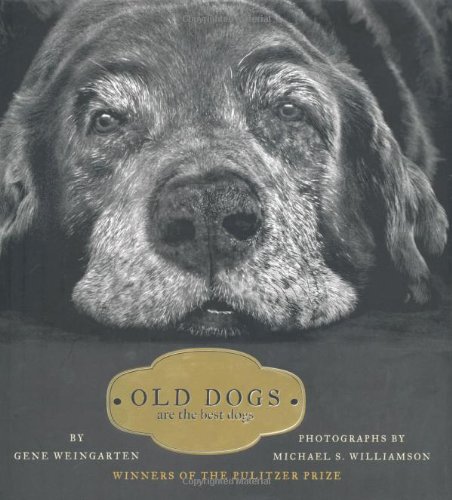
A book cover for Old Dogs: Are the Best Dogs; Gene Weingarten; Crafts, Hobbies & Home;